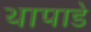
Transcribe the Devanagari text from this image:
थापाडे